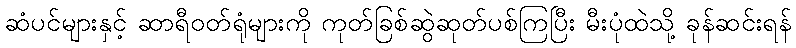
ဆံပင်များနှင့် ဆာရီဝတ်ရုံများကို ကုတ်ခြစ်ဆွဲဆုတ်ပစ်ကြပြီး မီးပုံထဲသို့ ခုန်ဆင်းရန်